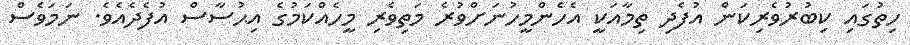
ހިތުގައި ކިބުރުވެރިކަން އުފެދި ތިމާއަކީ އެހެންމީހުނަށްވުރެ މަތިވެރި މީހެއްކަމުގެ އިޙުސާސް އުފެދެއެވެ. ނަމަވެސް